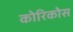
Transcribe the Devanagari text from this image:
कोरिकोस